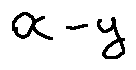
x - y